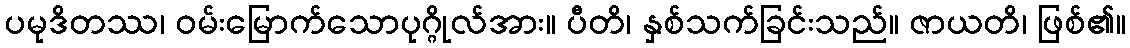
ပမုဒိတဿ၊ ဝမ်းမြောက်သောပုဂ္ဂိုလ်အား။ ပီတိ၊ နှစ်သက်ခြင်းသည်။ ဇာယတိ၊ ဖြစ်၏။